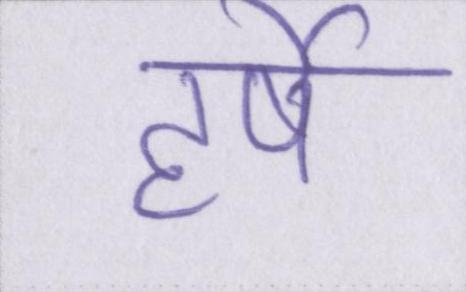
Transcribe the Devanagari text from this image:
हर्षे